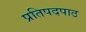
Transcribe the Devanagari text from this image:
प्रतिपदपाठ